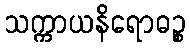
သက္ကာယနိရောဓဉ္စ